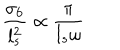
\frac { \sigma _ { 6 } } { l _ { s } ^ { 2 } } \propto \frac { \pi } { l _ { s } \omega }